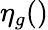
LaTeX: \eta_{g}()